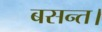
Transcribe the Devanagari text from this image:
बसन्त।